Indian journal of veterinary science and animal husbandry - Volumes 24-25, 1954-1955
Year: 1954
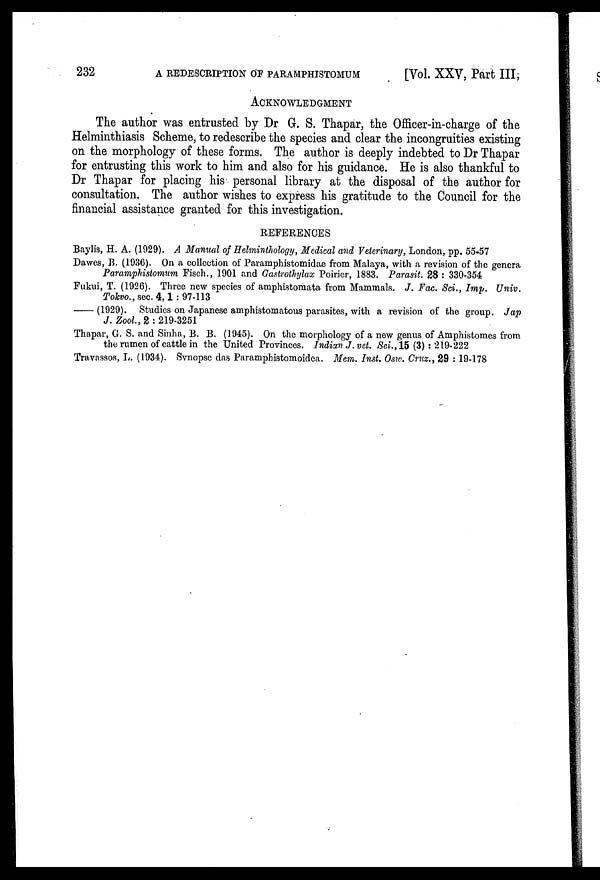
232
A REDESCRIPTION OF PARAMPHISTOMUM
[Vol. XXV, Part III,
ACKNOWLEDGMENT
The author was entrusted by Dr G. S. Thapar, the Officer-in-charge of the
Helminthiasis Scheme, to redescribe the species and clear the incongruities existing
on the morphology of these forms. The author is deeply indebted to Dr Thapar
for entrusting this work to him and also for his guidance. He is also thankful to
Dr Thapar for placing his personal library at the disposal of the author for
consultation. The author wishes to express his gratitude to the Council for the
financial assistance granted for this investigation.
REFERENCES
Baylis, H. A. (1929). A Manual of Helminthology, Medical and Veterinary, London, pp. 55-57
Dawes, B. (1936). On a collection of Paramphistomidae from Malaya, with a revision of the genera
Paramphistomum Fisch., 1901 and Gastrothylax Poirier, 1883. Parasit. 28: 330-354
Fukui, T. (1926). Three new species of amphistomata from Mammals. J. Fac. Sci., Imp. Univ.
Tokvo., sec. 4, 1: 97-113
—(1929).
Studies on Japanese amphistomatous parasites, with a revision of the group. Jap
J. Zool., 2:219-3251
Thapar, G. S. and Sinha, B. B. (1945). On the morphology of a new genus of Amphistomes from
the rumen of cattle in the United Provinces. Indian J. vet. Sci., 15 (3):219-222
Travassos, L. (1934). Svnopse das Paramphistomoidea. Mem. Inst. Osw. Cruz., 29:19-178